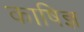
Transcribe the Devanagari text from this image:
काषिज्ञ